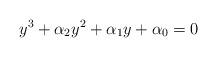
LaTeX: \begin{align*} y^3+\alpha_2y^2+\alpha_1y +\alpha_0 = 0\end{align*}